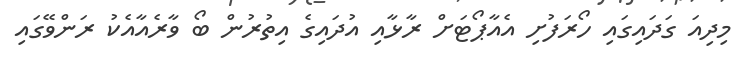
މިދިއަ ގަދައިގައި ހޯރަފުށި އެއާޕޯޓަށް ރާޅާއި އުދައިގެ އިތުރުން ބޯ ވާރެއާއެކު ރަންވޭގައި